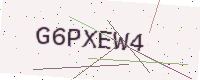
Text: G6PXEW4